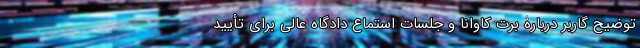
توضیح گاربر دربارۀ برت کاوانا و جلسات استماع دادگاه عالی برای تأیید